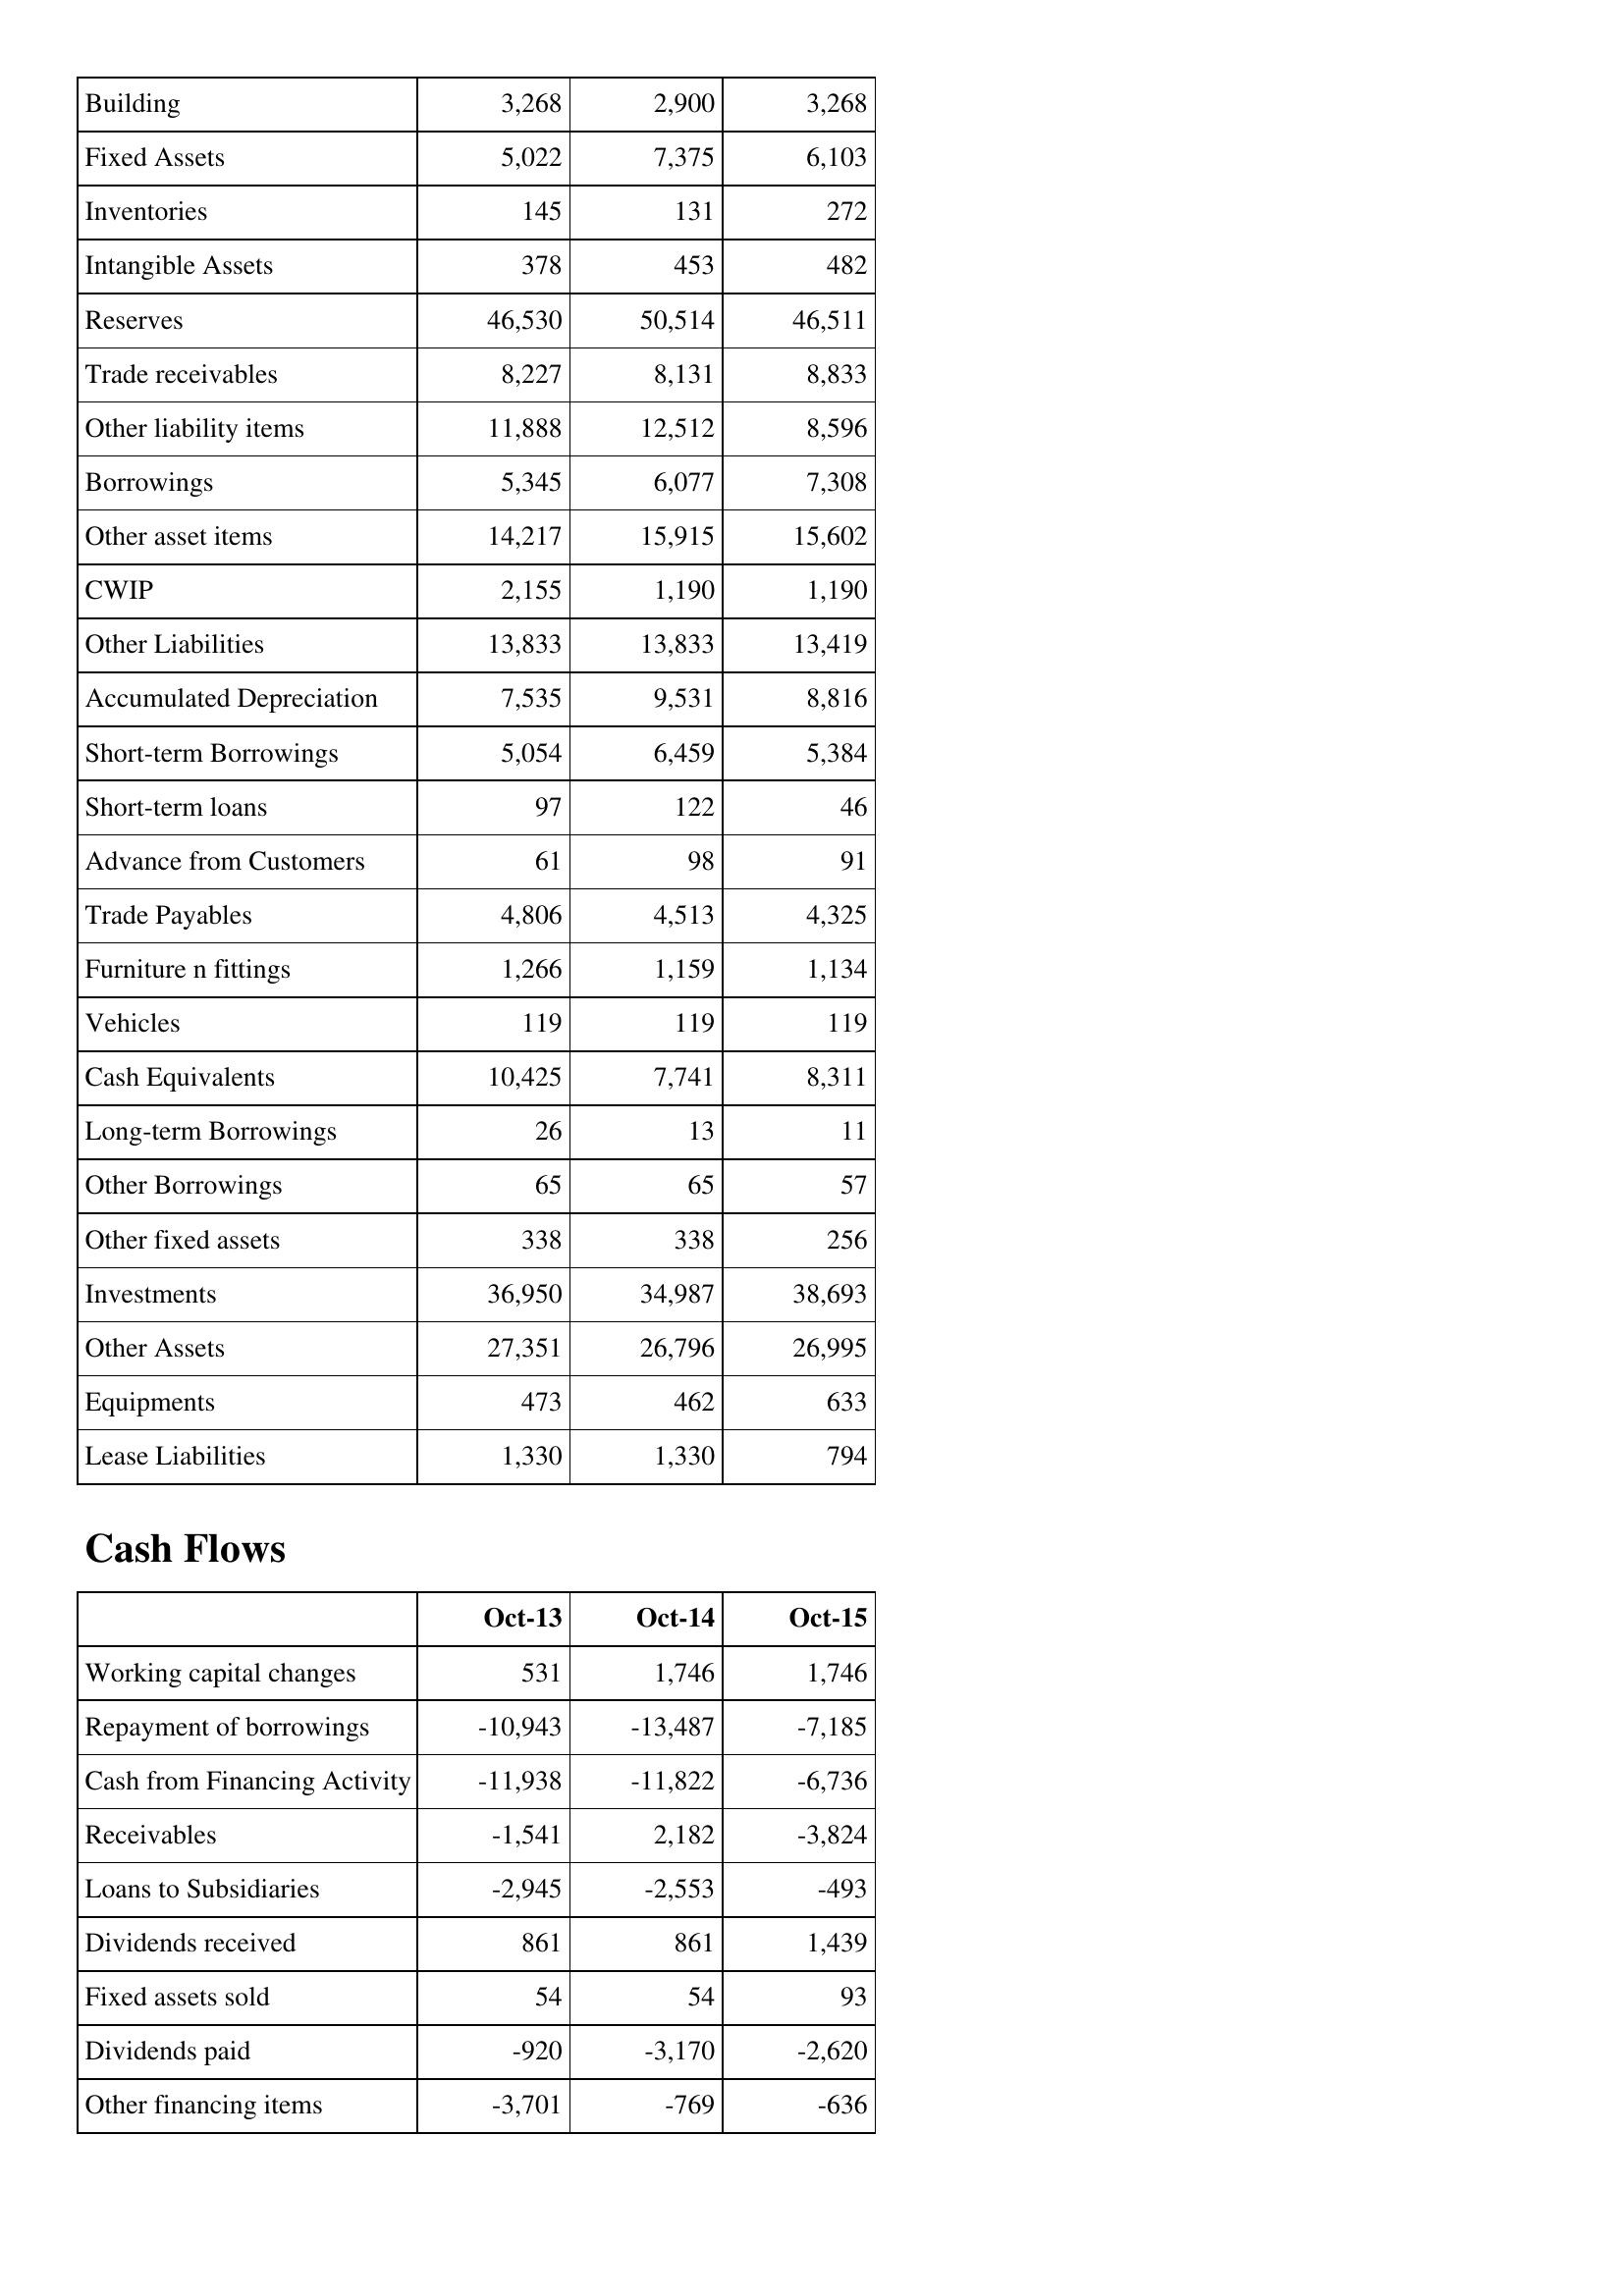
Oct-13: Balance Sheet: Building: 3,268
Fixed Assets: 5,022
Inventories: 145
Intangible Assets: 378
Reserves: 46,530
Trade receivables: 8,227
Other liability items: 11,888
Borrowings: 5,345
Other asset items: 14,217
CWIP: 2,155
Other Liabilities: 13,833
Accumulated Depreciation: 7,535
Short-term Borrowings: 5,054
Short-term loans: 97
Advance from Customers: 61
Trade Payables: 4,806
Furniture n fittings: 1,266
Vehicles: 119
Cash Equivalents: 10,425
Long-term Borrowings: 26
Other Borrowings: 65
Other fixed assets: 338
Investments: 36,950
Other Assets: 27,351
Equipments: 473
Lease Liabilities: 1,330
Cash Flows: Working capital changes: 531
Repayment of borrowings: -10,943
Cash from Financing Activity: -11,938
Receivables: -1,541
Loans to Subsidiaries: -2,945
Dividends received: 861
Fixed assets sold: 54
Dividends paid: -920
Other financing items: -3,701
Oct-14: Balance Sheet: Building: 2,900
Fixed Assets: 7,375
Inventories: 131
Intangible Assets: 453
Reserves: 50,514
Trade receivables: 8,131
Other liability items: 12,512
Borrowings: 6,077
Other asset items: 15,915
CWIP: 1,190
Other Liabilities: 13,833
Accumulated Depreciation: 9,531
Short-term Borrowings: 6,459
Short-term loans: 122
Advance from Customers: 98
Trade Payables: 4,513
Furniture n fittings: 1,159
Vehicles: 119
Cash Equivalents: 7,741
Long-term Borrowings: 13
Other Borrowings: 65
Other fixed assets: 338
Investments: 34,987
Other Assets: 26,796
Equipments: 462
Lease Liabilities: 1,330
Cash Flows: Working capital changes: 1,746
Repayment of borrowings: -13,487
Cash from Financing Activity: -11,822
Receivables: 2,182
Loans to Subsidiaries: -2,553
Dividends received: 861
Fixed assets sold: 54
Dividends paid: -3,170
Other financing items: -769
Oct-15: Balance Sheet: Building: 3,268
Fixed Assets: 6,103
Inventories: 272
Intangible Assets: 482
Reserves: 46,511
Trade receivables: 8,833
Other liability items: 8,596
Borrowings: 7,308
Other asset items: 15,602
CWIP: 1,190
Other Liabilities: 13,419
Accumulated Depreciation: 8,816
Short-term Borrowings: 5,384
Short-term loans: 46
Advance from Customers: 91
Trade Payables: 4,325
Furniture n fittings: 1,134
Vehicles: 119
Cash Equivalents: 8,311
Long-term Borrowings: 11
Other Borrowings: 57
Other fixed assets: 256
Investments: 38,693
Other Assets: 26,995
Equipments: 633
Lease Liabilities: 794
Cash Flows: Working capital changes: 1,746
Repayment of borrowings: -7,185
Cash from Financing Activity: -6,736
Receivables: -3,824
Loans to Subsidiaries: -493
Dividends received: 1,439
Fixed assets sold: 93
Dividends paid: -2,620
Other financing items: -636